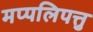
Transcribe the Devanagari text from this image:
मप्पलिपत्तु